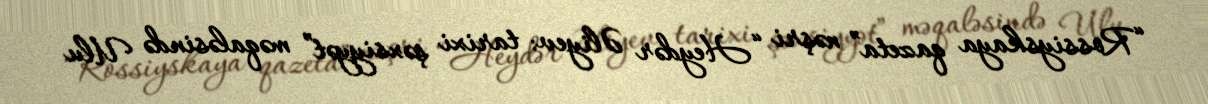
“Rossiyskaya qazeta” nəşri “Heydər Əliyev: tarixi şəxsiyyət” məqaləsində Ulu